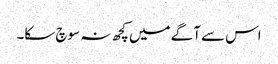
اس سے آگے میں کچھ نہ سوچ سکا۔